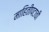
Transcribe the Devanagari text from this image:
माहितीपटाची